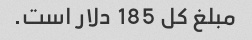
مبلغ کل 185 دلار است.